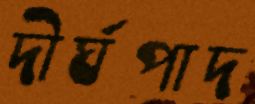
দীর্ঘপাদ